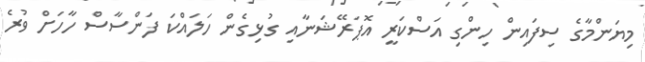
މިޔަންމާގެ ސިފައިން ހިންގި އަސްކަރީ އޮޕަރޭޝަނާއި ގުޅިގެން ހަލައްކަ ފަންސާސް ހާހަށް ވުރެ